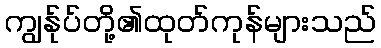
ကျွန်ုပ်တို့၏ထုတ်ကုန်များသည်